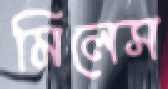
মিলেস